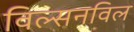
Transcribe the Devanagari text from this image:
विल्सनविल